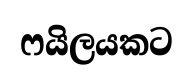
ෆයිලයකට